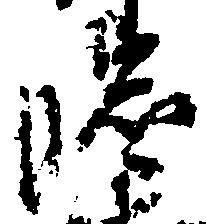
臨